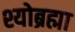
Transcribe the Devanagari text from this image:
श्योब्रह्मा